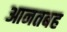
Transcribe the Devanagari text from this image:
आनतबह